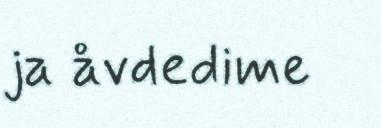
ja åvdedime